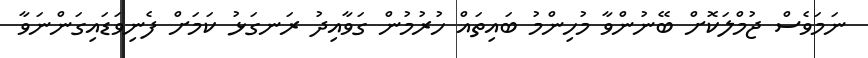
ނަމަވެސް ޖުމްލަކޮށް ބޭނުންވާ މުހިންމު ބައިތައް ހުރުމުން ގަވާއިދު ރަނގަޅު ކަމަށް ފެނިވަޑައިގަންނަވާ